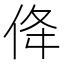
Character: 佭